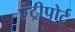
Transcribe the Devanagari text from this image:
एंट्रीपोर्ट